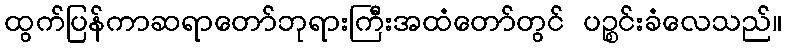
ထွက်ပြန်ကာဆရာတော်ဘုရားကြီးအထံတော်တွင် ပဉ္စင်းခံလေသည်။